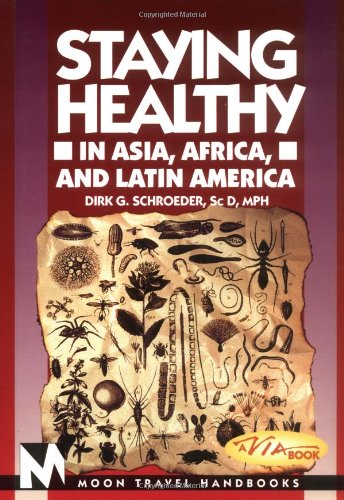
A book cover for Staying Healthy in Asia, Africa, and Latin America (Moon Handbooks Staying Healthy in Asia, Africa & Latin America); Dirk G. Schroeder; Travel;